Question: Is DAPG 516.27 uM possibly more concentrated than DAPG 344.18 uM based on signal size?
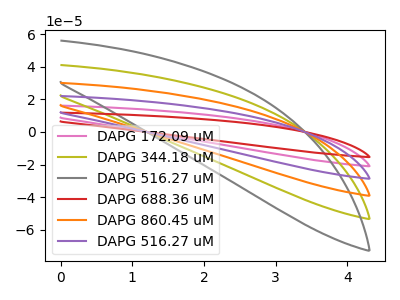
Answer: <think>The pink curve "DAPG 172.09 uM" has no peaks. The olive curve "DAPG 344.18 uM" has no peaks. The gray curve "DAPG 516.27 uM" has no peaks. The red curve "DAPG 688.36 uM" has no peaks. The orange curve "DAPG 860.45 uM" has no peaks. The purple curve "DAPG 516.27 uM" has no peaks.
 Neither "DAPG 516.27 uM" or "DAPG 344.18 uM" have any peaks.</think>
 <answer>I cant tell if "DAPG 516.27 uM" or "DAPG 344.18 uM" has more signal.</answer>
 <eval>mixed_signal</eval>